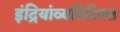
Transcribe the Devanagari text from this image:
इंद्रियांव्यतिरिक्त